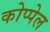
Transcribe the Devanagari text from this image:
कोप्पेल